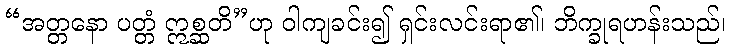
“အတ္တနော ပတ္တံ ဣစ္ဆတိ”ဟု ဝါကျခင်း၍ ရှင်းလင်းရာ၏၊ ဘိက္ခုရဟန်းသည်၊